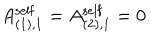
LaTeX: A _ { ( 1 ) , 1 } ^ { \mathrm { s e l f } } = A _ { ( 2 ) , 1 } ^ { \mathrm { s e l f } } = 0 .